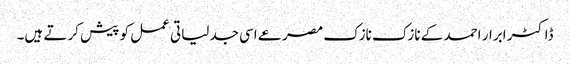
ڈاکٹر ابرار احمد کے نازک نازک مصرعے اسی جدلیاتی عمل کو پیش کرتے ہیں۔